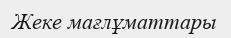
Жеке мағлұматтары